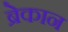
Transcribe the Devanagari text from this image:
ब्रेकान